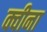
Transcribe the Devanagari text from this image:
क्वीना